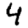
Digit: 4